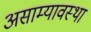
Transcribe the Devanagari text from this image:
असाम्यावस्था